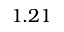
1 . 2 1